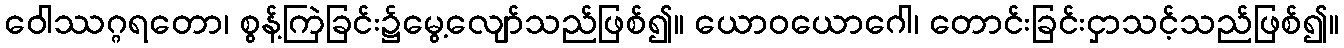
ဝေါဿဂ္ဂရတော၊ စွန့်ကြဲခြင်း၌မွေ့လျော်သည်ဖြစ်၍။ ယောဝယောဂေါ၊ တောင်းခြင်းငှာသင့်သည်ဖြစ်၍။